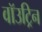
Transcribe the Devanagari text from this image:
वॉउट्रिन